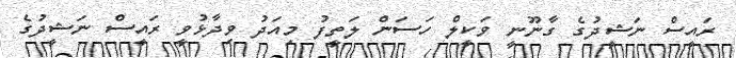
ރައީސް ނަޝީދުގެ ގާނޫނީ ވަކީލް ހަސަން ލަތީފު މިއަދު ވިދާޅުވީ ރައީސް ނަޝީދުގެ